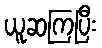
ယူဆကြပြီး